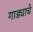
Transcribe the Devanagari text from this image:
गाड्याचे